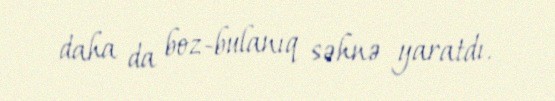
daha da boz-bulanıq səhnə yaratdı.